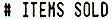
# ITEMS SOLD